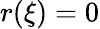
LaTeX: r(\xi)=0